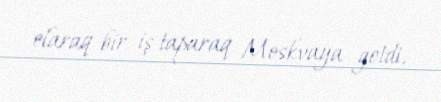
olaraq bir iş taparaq Moskvaya getdi.